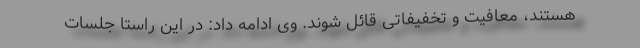
هستند، معافیت و تخفیفاتی قائل شوند. وی ادامه داد: در این راستا جلسات